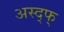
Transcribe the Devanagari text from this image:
अस्द्फ्